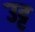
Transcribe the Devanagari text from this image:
उट्ट